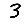
Digit: 3